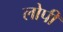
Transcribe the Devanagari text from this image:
लोपी